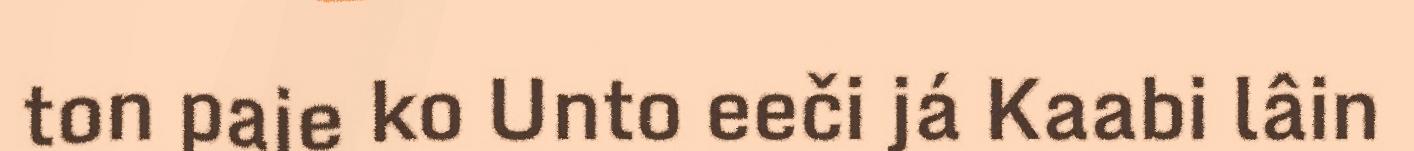
ton paje ko Unto eeči já Kaabi lâin